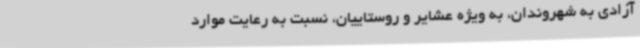
آزادی به شهروندان، به ویژه عشایر و روستاییان، نسبت به رعایت موارد